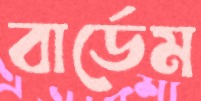
বার্ডেম